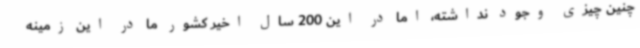
چنین چیزی وجود نداشته، اما در این 200 سال اخیر کشور ما در این زمینه